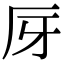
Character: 厊